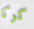
كوكا